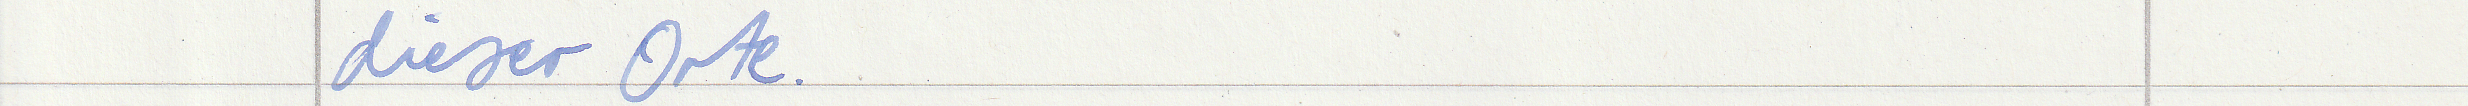
dieser Orte.